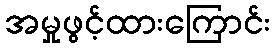
အမှုဖွင့်ထားကြောင်း